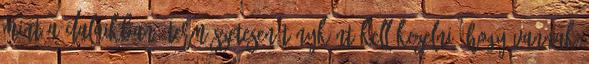
mint a dalaikban. Természetesen tényként kell kezelni, hogy vannak